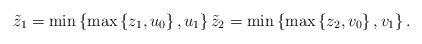
LaTeX: \begin{align*}\tilde{z}_{1}=\min \left\{ \max \left\{ z_{1},u_{0}\right\} ,u_{1}\right\}\tilde{z}_{2}=\min \left\{ \max \left\{z_{2},v_{0}\right\} ,v_{1}\right\} . \end{align*}